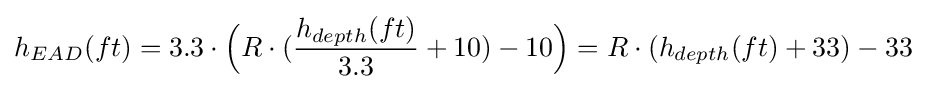
h_{EAD}(ft)=3.3\cdot {\Bigl (}R\cdot ({\frac {h_{depth}(ft)}{3.3}}+10)-10{\Bigr )}=R\cdot (h_{depth}(ft)+33)-33